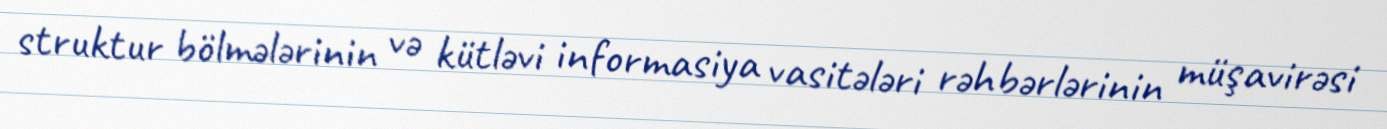
struktur bölmələrinin və kütləvi informasiya vasitələri rəhbərlərinin müşavirəsi